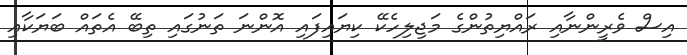
އިސް ވެރީންނާއި ރައްޔިތުންގެ މަޖިލިހެކޭ ކިޔައިފައި އޮންނަ ތަނުގައި ތިބޭ އެތައް ބަޔަކާއި